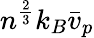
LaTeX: n^{\frac{2}{3}}k_{B}\bar{v}_{p}